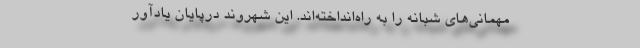
مهمانی‌های شبانه را به راه‌انداخته‌اند. این شهروند درپایان یادآور